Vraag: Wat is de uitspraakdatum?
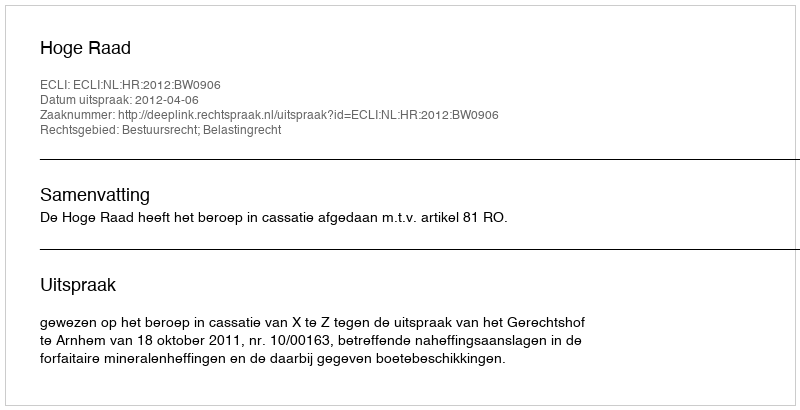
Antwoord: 2012-04-06